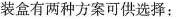
装盒有两种方案可供选择：